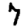
Digit: 7